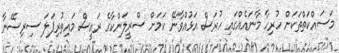
މަސައްކަތްތަކަށް ހުރިހާ މާނައެއްގައި ހުރަސް އަޅުއްވާނޭ ކަމަށް ސްރީލަންކާގެ ރައީސް މައިތުރިޕަލަ ސިރިސޭނާ